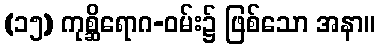
(၁၅) ကုစ္ဆိရောဂ-ဝမ်း၌ ဖြစ်သော အနာ။